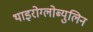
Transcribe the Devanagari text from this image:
थाइरोग्लोब्युलिन